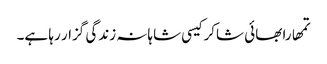
تمھارا بھائی شاکر کیسی شاہانہ زندگی گزار رہا ہے۔